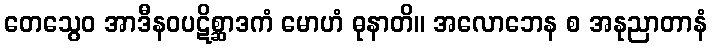
တေသွေဝ အာဒီနဝပဋိစ္ဆာဒကံ မောဟံ ဓုနာတိ။ အလောဘေန စ အနုညာတာနံ